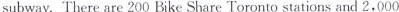
subway.There are 200 Bike Share Toronto stations and 2.000